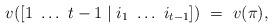
LaTeX: \begin{align*}v([1\ \dots\ t-1 \mid i_1\ \dots\ i_{t-1}])\ =\ v(\pi),\end{align*}